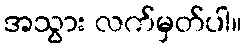
အသွား လက်မှတ်ပါ။